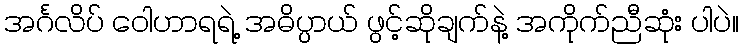
အင်္ဂလိပ် ဝေါဟာရရဲ့ အဓိပ္ပာယ် ဖွင့်ဆိုချက်နဲ့ အကိုက်ညီဆုံး ပါပဲ။